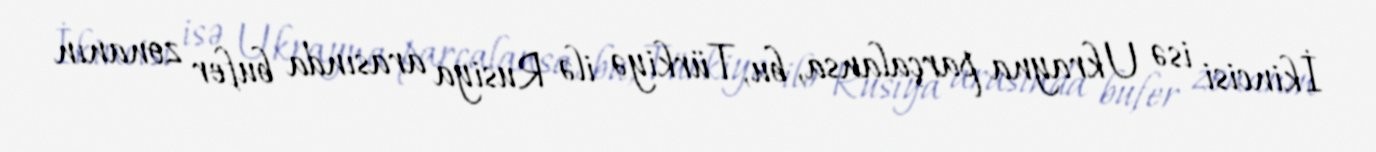
İkincisi isə Ukrayna parçalansa, bu, Türkiyə ilə Rusiya arasında bufer zonanın